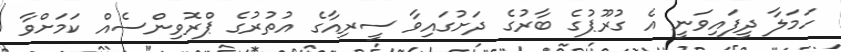
ހަމަލާ ދީފައިވަނީ އެ ގުރޫޕުގެ ބާރުގެ ދަށުގައިވާ ސީރިއާގެ އުތުރުގެ ޕްރޮވިންސެއް ކަމަށްވާ